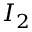
I _ { 2 }